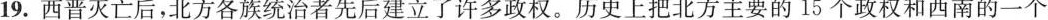
19.西晋灭亡后，北方各族统治者先后建立了许多政权。历史上把北方主要的15个政权和西南的一个政